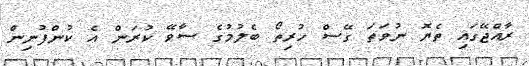
ރާއްޖޭގައި ތެޔޮ ނުވަތަ ގޭސް ހުރިތޯ ބެލުމުގެ ސާވޭ ކުރަން އެ ކުންފުނިން